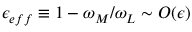
\epsilon _ { e f f } \equiv 1 - \omega _ { M } / \omega _ { L } \sim O ( \epsilon )